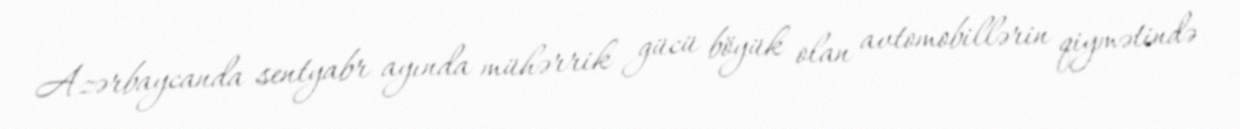
Azərbaycanda sentyabr ayında mühərrik gücü böyük olan avtomobillərin qiymətində